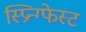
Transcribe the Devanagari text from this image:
स्प्रिन्ग्फेस्ट